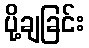
ပို့ချခြင်း